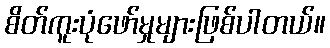
စိတ်ကူးပုံဖော်မှုများဖြစ်ပါတယ်။